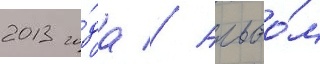
2013 го́да // Альбо́м